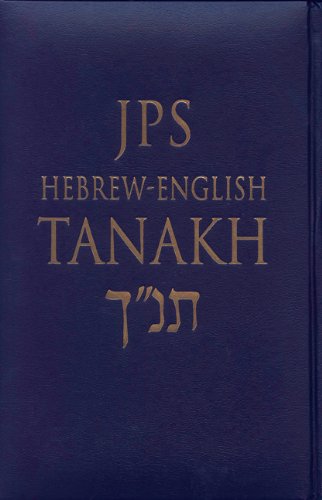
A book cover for JPS Hebrew-English TANAKH: Cloth Edition; Christian Books & Bibles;